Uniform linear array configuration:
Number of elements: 48
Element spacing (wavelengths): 0.5
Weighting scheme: cosine
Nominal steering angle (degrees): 45
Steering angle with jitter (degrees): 46.306
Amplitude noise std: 0.05
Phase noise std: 0.05

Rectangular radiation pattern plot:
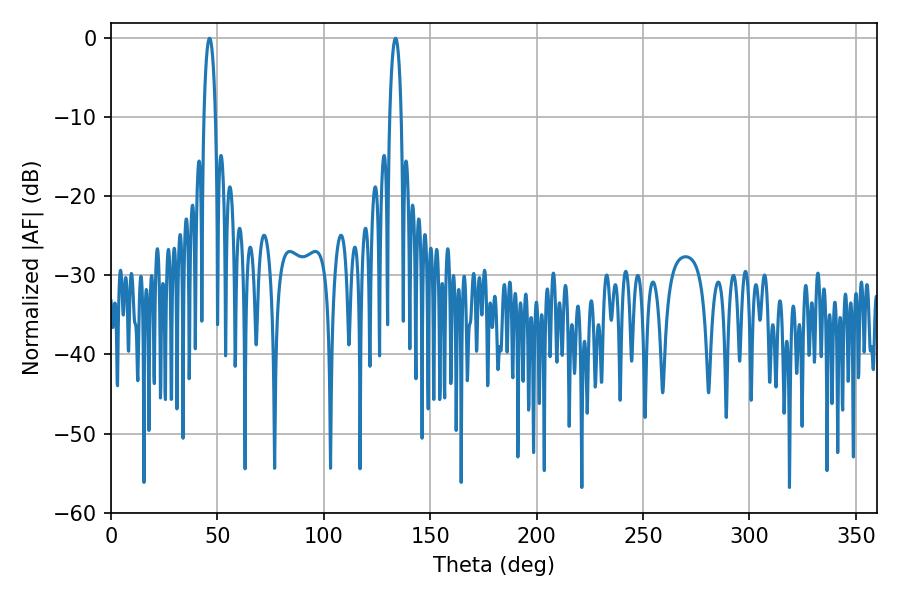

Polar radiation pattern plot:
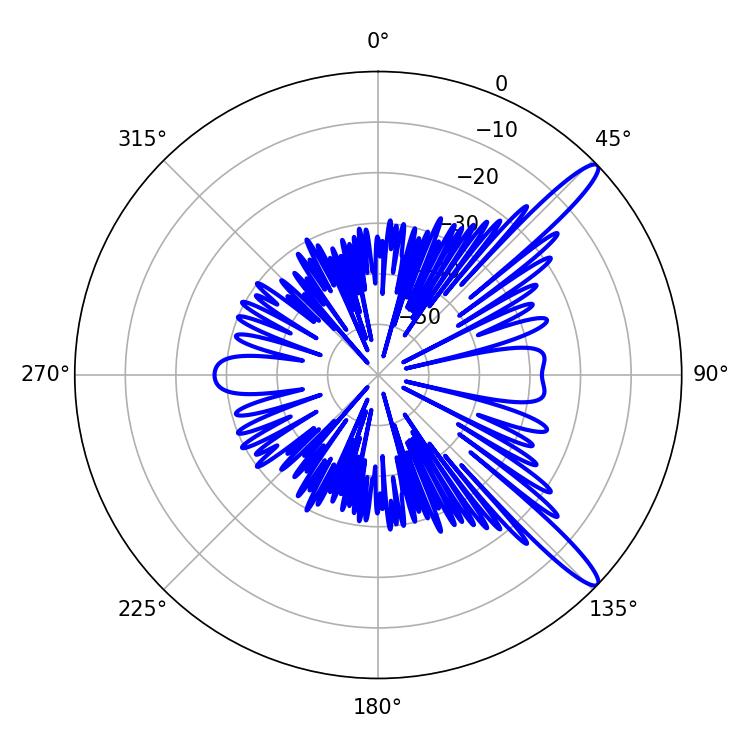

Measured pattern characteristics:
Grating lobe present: FALSE
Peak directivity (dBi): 13.583
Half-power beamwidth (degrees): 3.06
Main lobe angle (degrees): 46.26